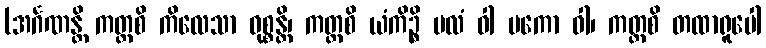
(အင်္ဂဏန္တိ ကတ္ထစိ ကိလေသာ ဝုစ္စန္တိ၊ ကတ္ထစိ ယံကိဉ္စိ မလံ ဝါ ပကော ဝါ၊ ကတ္ထစိ တထာရူပေါ